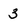
Character: 3